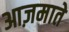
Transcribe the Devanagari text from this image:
आज़माते